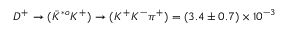
D ^ { + } \rightarrow ( \bar { K } ^ { * o } K ^ { + } ) \rightarrow ( K ^ { + } K ^ { - } \pi ^ { + } ) = ( 3 . 4 \pm 0 . 7 ) \times 1 0 ^ { - 3 }